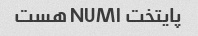
پایتخت NUM۱ هست